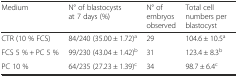
| Medium | N° of blastocysts at 7 days (%) | N° of embryos observed | Total cell numbers per blastocyst |
 | --- | --- | --- | --- |
 | CTR (10 % FCS) | 84/240 (35.00 ± 1.72)a | 29 | 104.6 ± 10.5a |
 | FCS 5 % + PC 5 % | 99/230 (43.04 ± 1.42)b | 31 | 123.4 ± 8.3b |
 | PC 10 % | 64/235 (27.23 ± 1.39)c | 34 | 98.7 ± 6.4c |